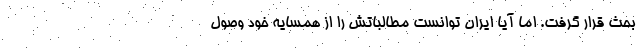
بحث قرار گرفت. اما آیا ایران توانست مطالباتش را از همسایه خود وصول